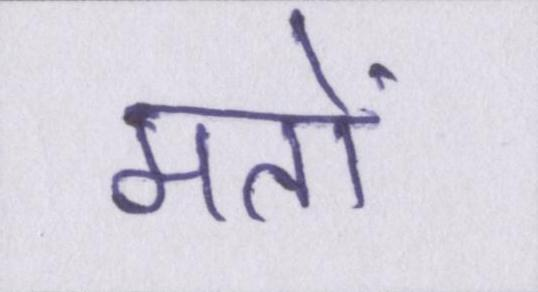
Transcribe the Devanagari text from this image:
मतों